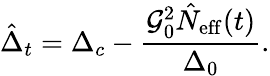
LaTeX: \hat{\Delta}_{t}=\Delta_{c}-\frac{\mathcal{G}_{0}^{2}\hat{N}_{\mathrm{eff}}(t)}{\Delta_{0}}.